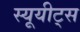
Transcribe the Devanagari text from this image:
स्यूयीट्स